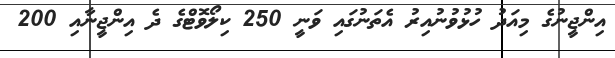
އިންޖީނުގެ މިއަދު ހުޅުވުނުއިރު އެތަނުގައި ވަނީ 250 ކިލޯވޮޓްގެ ދެ އިންޖީނާއި 200